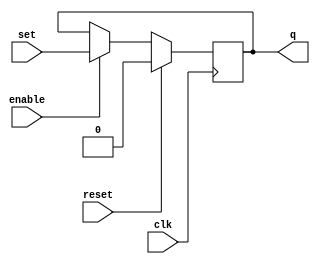
/**Columbia University EECS 4340 Computer Hardware Design**/
/**Fall 2010 Final Project**/
/**Scott Rogowski, Hsin-Tien Shen, Yipeng Huang**/
/**AESelerator**/

/*Basically a SR-flipflop with an enable bit so that the flipflop cannot be changed without first being enabled.  Reset of course still changes the flipflop to 0.*/

module prng_ff (clk, reset, enable, set, q);

	input clk;
	input reset;
	input enable;
	input set;
	
	output q;

	//flipflops store a value
	reg b;

	//change the value on the clock edge
	always @(posedge clk) begin
		if(reset)
			b <= 0;
		else if (enable)
			b <= set;
	end

	//q is always bit
	assign q = b;
			
endmodule